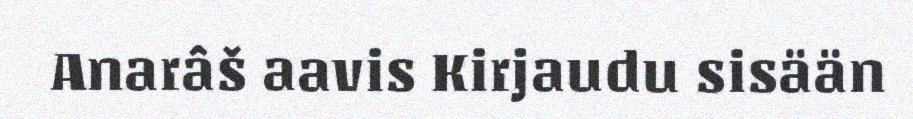
Anarâš aavis Kirjaudu sisään